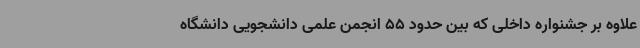
علاوه بر جشنواره داخلی که بین حدود 55 انجمن علمی دانشجویی دانشگاه